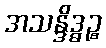
အသန္ဒိဒ္ဓဉ္စ